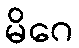
မိဂေ